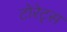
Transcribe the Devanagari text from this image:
टोरेट्स